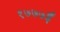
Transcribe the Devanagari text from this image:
१७७७ई